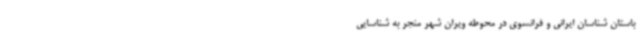
باستان شناسان ایرانی و فرانسوی در محوطه ویران شهر منجر به شناسایی